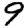
Digit: 9